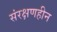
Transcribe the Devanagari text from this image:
संरक्षणहीन